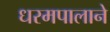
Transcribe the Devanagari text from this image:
धरमपालाने